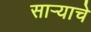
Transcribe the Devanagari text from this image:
सार्‍याचे